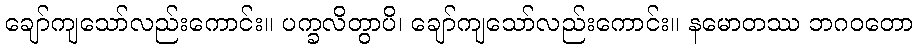
ချော်ကျသော်လည်းကောင်း။ ပက္ခလိတွာပိ၊ ချော်ကျသော်လည်းကောင်း။ နမောတဿ ဘဂဝတော